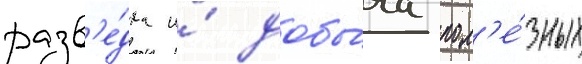
разв'е́дка и́ добы́ча пол'е́зных